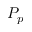
P _ { p }